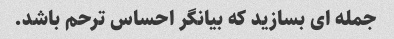
جمله ای بسازید که بیانگر احساس ترحم باشد.